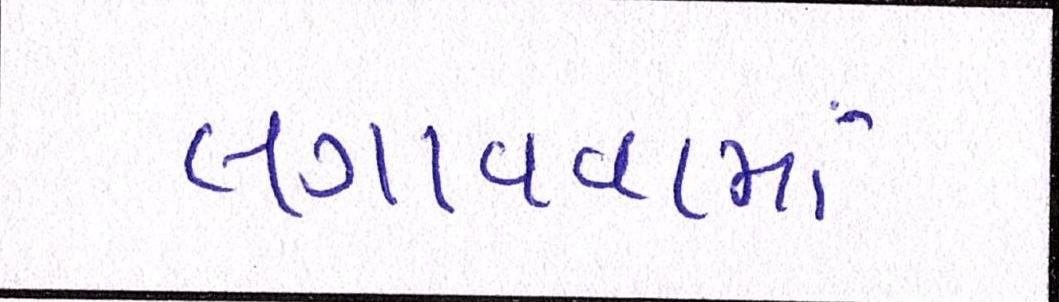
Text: લગાવવામાં